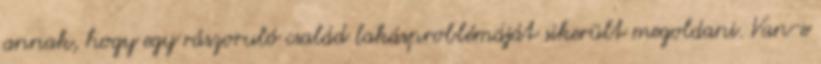
annak, hogy egy rászoruló család lakásproblémáját sikerült megoldani. Van-e